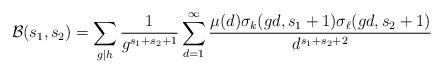
LaTeX: \begin{align*} \mathcal{B}(s_1,s_2) = \sum_{g \mid h} \frac{1}{g^{s_1+s_2+1}} \sum_{d=1}^{\infty} \frac{\mu(d) \sigma_{k}(gd,s_1+1) \sigma_{\ell}(gd,s_2+1)}{d^{s_1+s_2+2}}\end{align*}